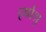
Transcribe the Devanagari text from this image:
हर्षाश्रु